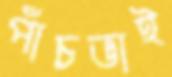
পাঁচভাই